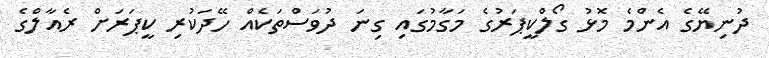
ދުނިޔޭގެ އެންމެ މޮޅު ގޯލްކީޕަރުގެ މަގާމުގައި ގިނަ ދުވަސްތަކެއް ހޭދަކުރި ކީޕަރަށް ރެއާލްގެ